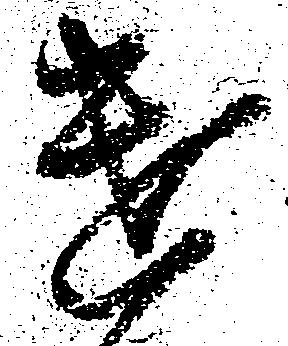
遣